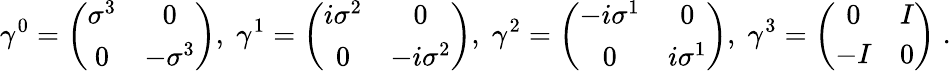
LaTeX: \gamma^{0}=\left(\begin{array}{cc}{{\sigma^{3}}}&{{0}}\\ {{0}}&{{-\sigma^{3}}}\end{array}\right),\; \gamma^{1}=\left(\begin{array}{cc}{{i\sigma^{2}}}&{{0}}\\ {{0}}&{{-i\sigma^{2}}}\end{array}\right),\; \gamma^{2}=\left(\begin{array}{cc}{{-i\sigma^{1}}}&{{0}}\\ {{0}}&{{i\sigma^{1}}}\end{array}\right),\; \gamma^{3}=\left(\begin{array}{cc}{{0}}&{{I}}\\ {{-I}}&{{0}}\end{array}\right)\; .